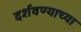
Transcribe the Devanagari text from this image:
दर्शवण्याच्या